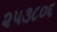
૨૫૩૮૦૬